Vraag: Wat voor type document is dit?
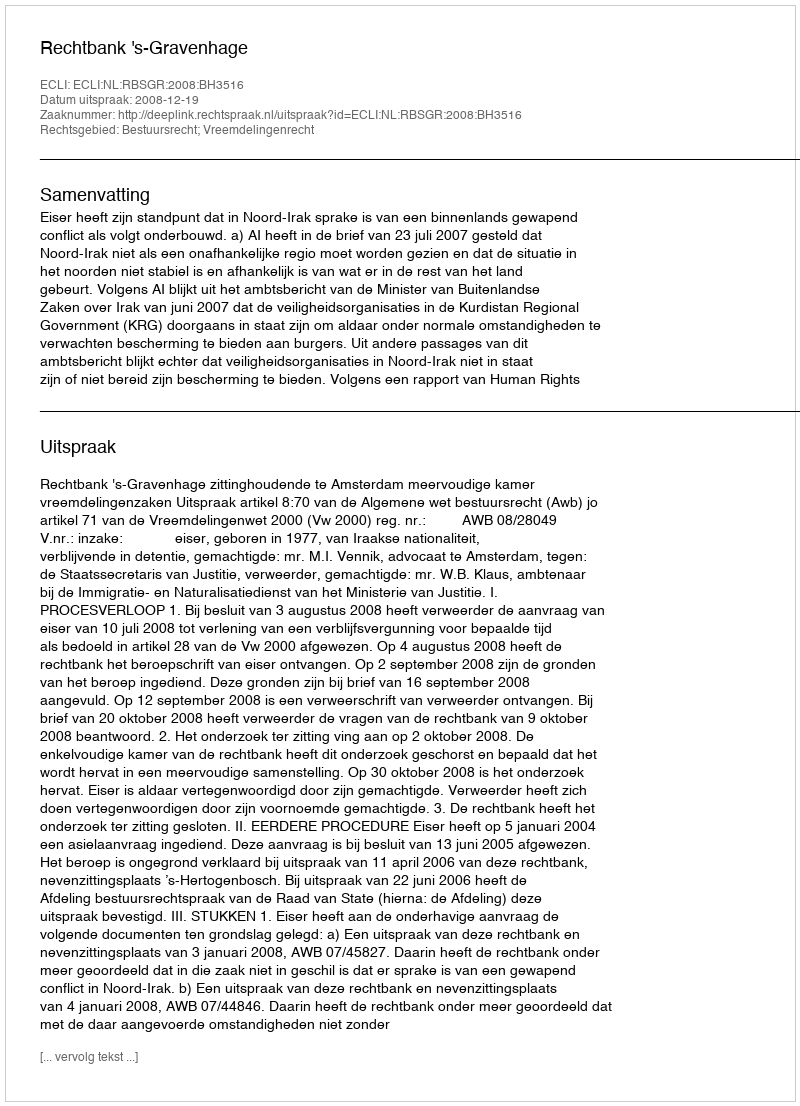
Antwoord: Uitspraak